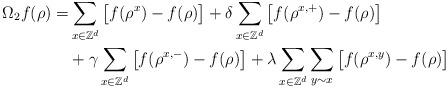
LaTeX: \begin{align*}\Omega_2 f(\rho)=&\sum_{x\in \mathbb{Z}^d}\big[f(\rho^x)-f(\rho)\big]+\delta\sum_{x\in \mathbb{Z}^d}\big[f(\rho^{x,+})-f(\rho)\big] \\&+\gamma\sum_{x\in \mathbb{Z}^d}\big[f(\rho^{x,-})-f(\rho)\big]+\lambda\sum_{x\in \mathbb{Z}^d}\sum_{y\sim x}\big[f(\rho^{x,y})-f(\rho)\big]\end{align*}